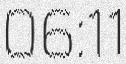
06:11